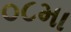
૦૮મા